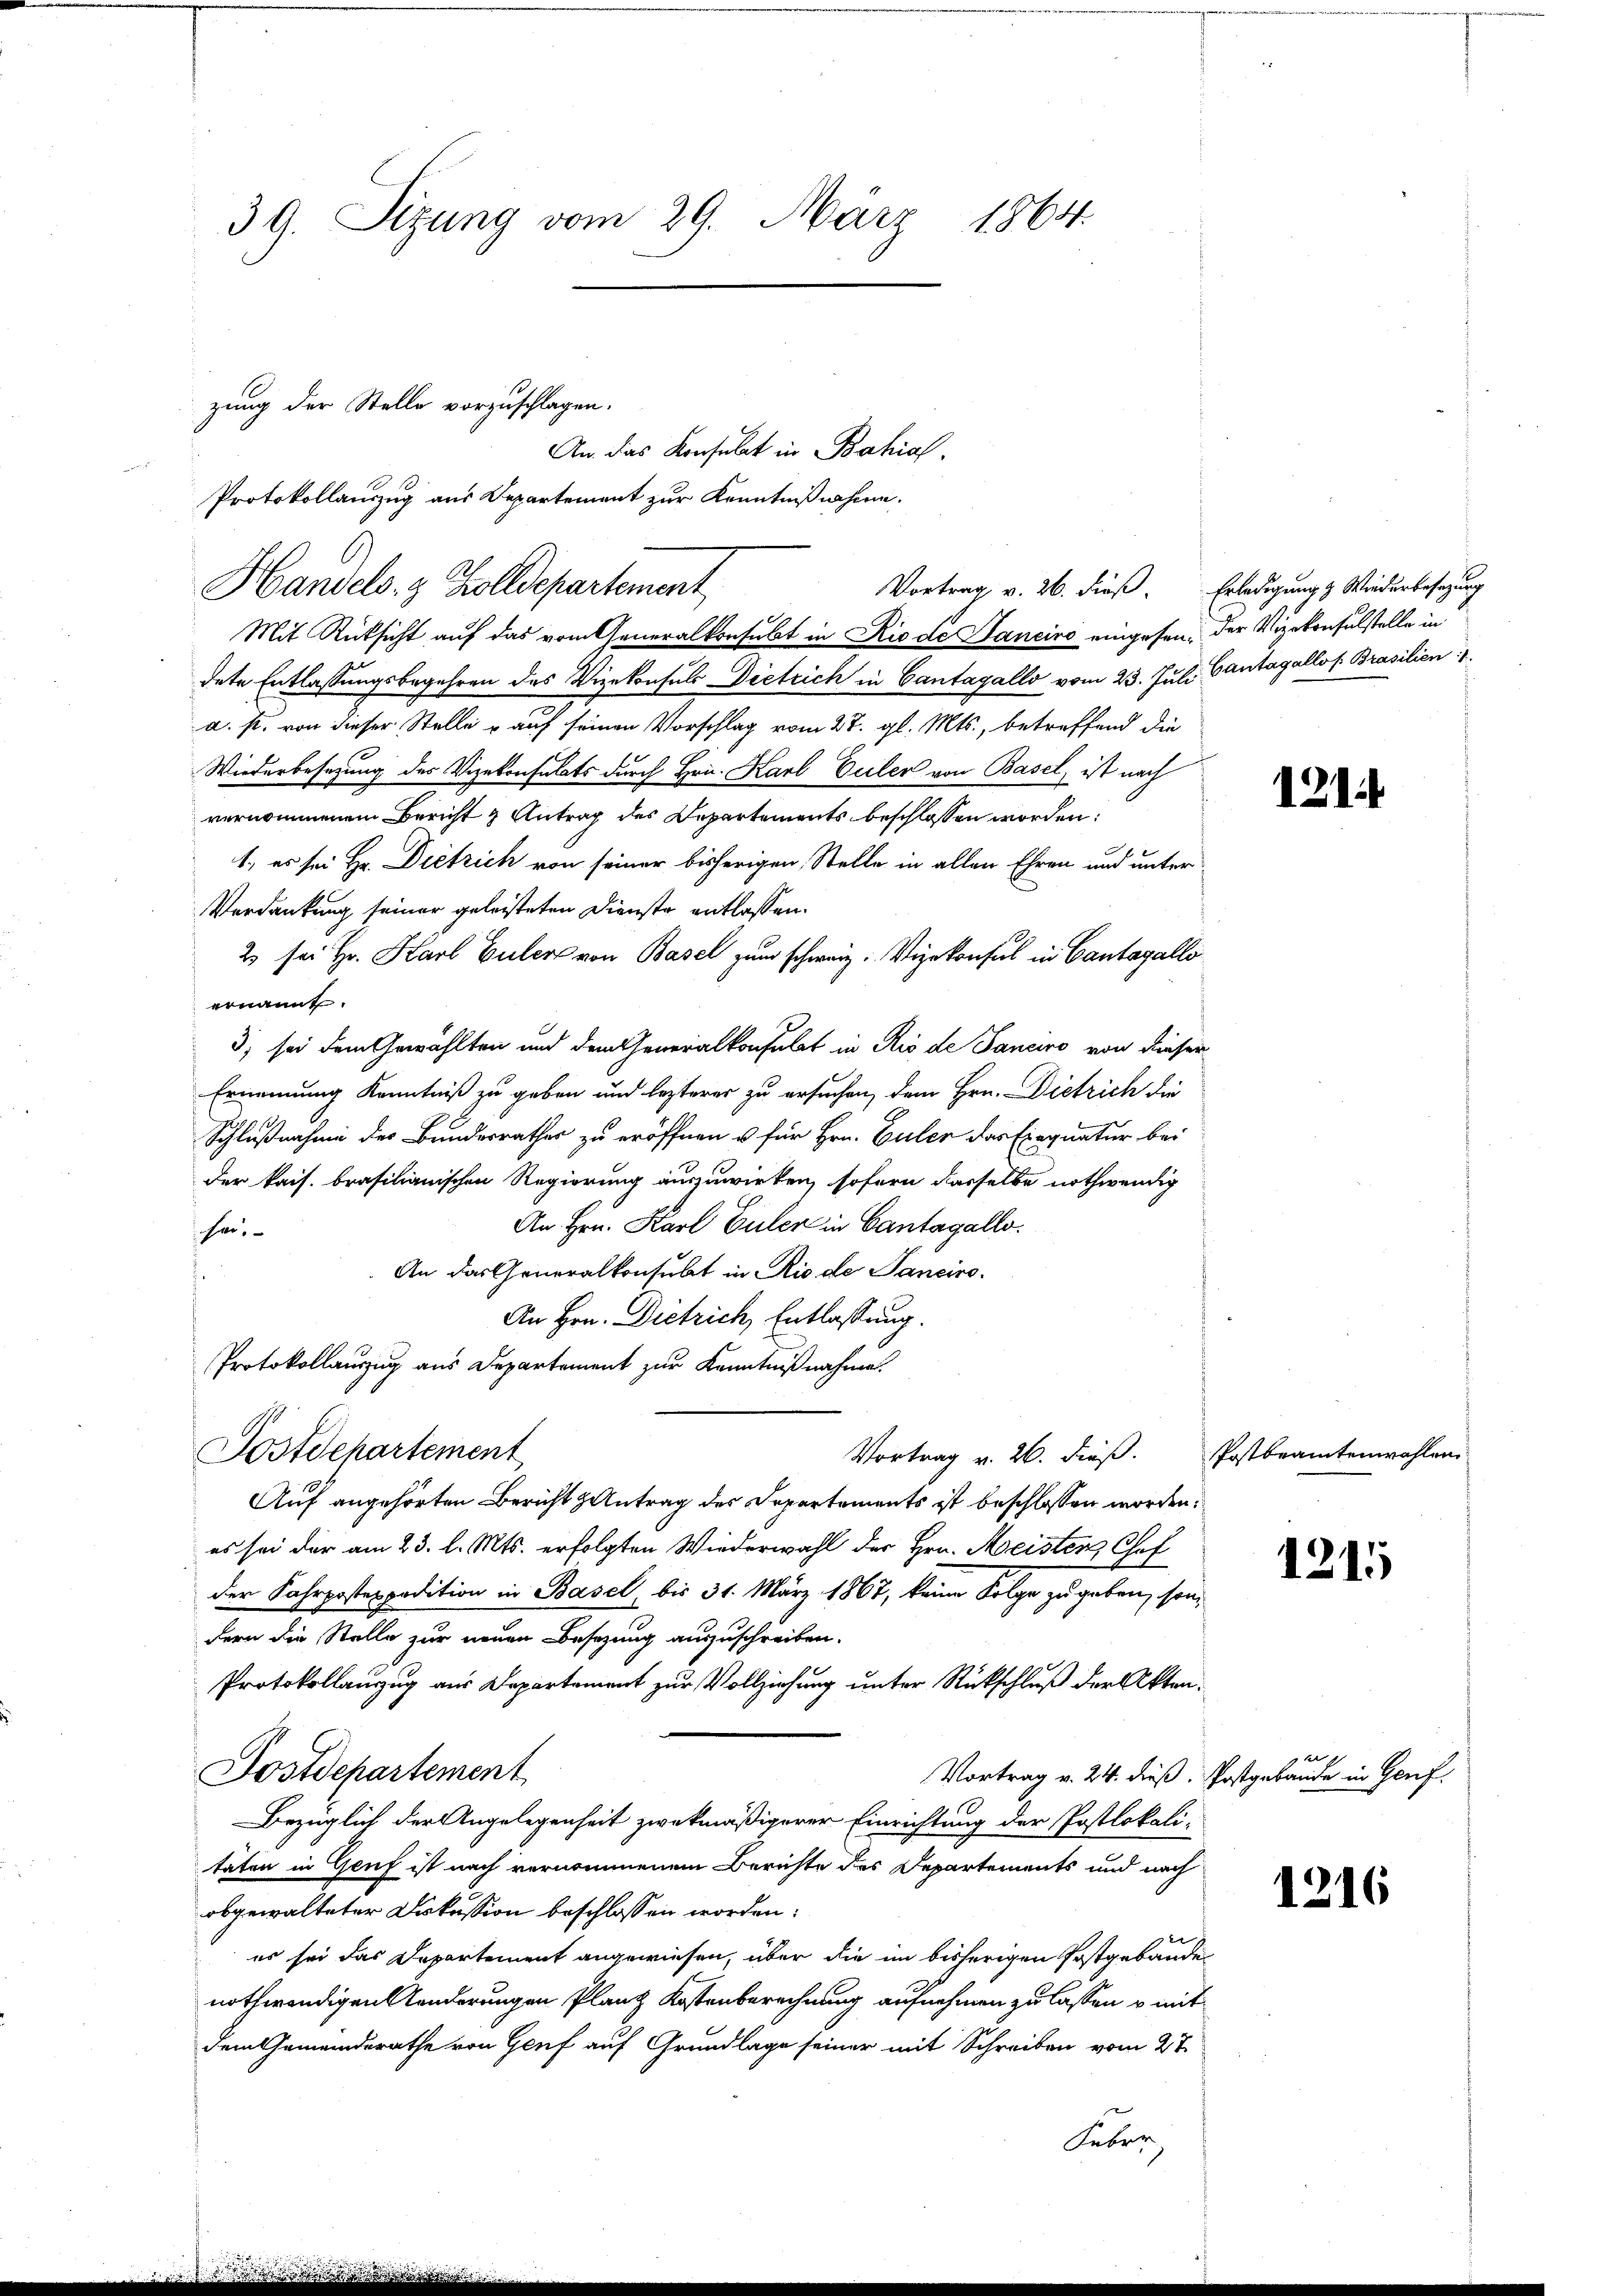
39. Sizung vom 29. März 1864.

Handels- & Zolldepartement

zung der Stelle vorzuschlagen.
An das Konsulat in Bahial-
Protokollauszug aus Departement zur Kenntnißnahme.

Mit Rücksicht auf das vom Generalkonsubt in Rio de Janeiro eingesen, der Vizekonsulstelle in
dete Entlassungsbegehren des Vizekonsuls Dietrich in Cantagallo vom 23. Juli Cantagellos. Brasilien 1.
a. p. von dieser Stelle u auf seinen Vorschlag vom 27. gl. Mts., betreffend die
Wiederbesetzung des Vizekonsulats durch Hrn. Karl Euler von Basel, ist nach
vernommenem Bericht & Antrag des Departements beschlossen worden:
1., es sei Hr. Dietrich von seiner bisherigen Stelle in allen Ehren und unter
Verdankung seiner geleisteten Dienste entlassen.
2 sei Hr. Karl Euler von Basel zum schweiz. Vizekonsul in Cantagallo
ernannt.
3) sei dem Gewählten und dem Generalkonsulat in Rio de Janeiro von dieser
Ernennung Kenntniß zu geben und lezterer zu ersuchen, dem Hrn. Dietrich die
Schlußnahme des Bundesrathes zu eröffnen u für Hrn. Euler das Einquatur bei
der kais. brasilianischen Regierung auszuwirken, sofern dasselbe nothwendig
An Hrn. Karl Euler in Cantagallo.
hen,
An das Generalkonsulat in Rio de Sanciro¬
An Hrn. Dietrich, Entlassung.
Protokollauszug aus Departement zur Kenntnißnahme
Postdepartement
Vortrag v. 26. dieß.
Auf angehörten Bericht antrag des Departements ist beschlossen worden:
es sei der am 23. l. Mts. erfolgten Wiederwahl der Hrn. Meistens Chef
der Fahrpostexpedition in Basel, bis 31. März 1867, keine Folge zu geben, sondern die Stelle zur neuen Besetzung auszuschreiben.
Protokollanzug aus Departement zur Vollziehung unter Rückschluß der Akten.
Postdepartement
Vortrag v. 24. dieß. Postgebäude in Genf
Bezüglich der Angelegenheit zwekmäßigerer Einrichtung der Postlokali-
täten in Genf ist nach vernommenem Berichte des Departements und nach
obgewalteter Diskussion beschlossen worden:
es sei das Departement angewiesen, über die im bisherigen Postgebäude
nothwendigen anderungen Planz Kostenberechnung aufnehmen zu lassen u. mit
dem Gemeindsrathe von Genf auf Grundlage seiner mit Schreiben vom 27.
Feber

Vortrag v. 26. dieß. Erledigung & Wiederbesezung

121.

Postbeamtenwahlen.

1215

e

1216